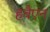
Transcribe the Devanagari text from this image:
हवैएन